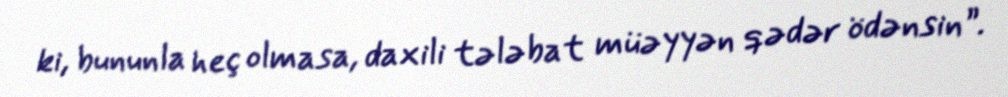
ki, bununla heç olmasa, daxili tələbat müəyyən qədər ödənsin”.